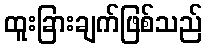
ထူးခြားချက်ဖြစ်သည်